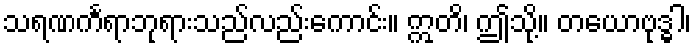
သရဏင်္ကရာဘုရားသည်လည်းကောင်း။ ဣတိ၊ ဤသို့။ တယောဗုဒ္ဓါ၊